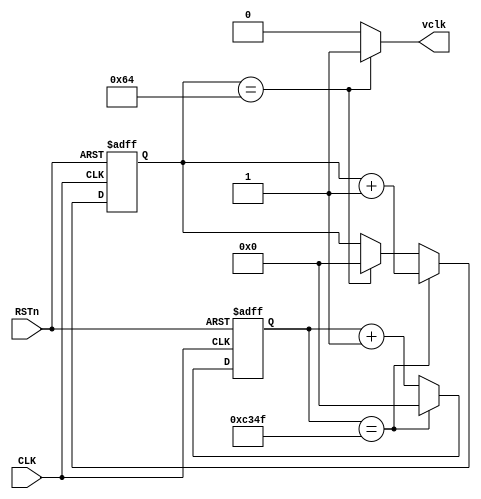

/**********************DAMMSTANGER COPYRIGHT @2016************************/	
//delayNms_cyc_module
//	 Nms
//	 dammstanger
//	 201608010
/*************************************************************************/	
module delayNms_cyc_module 
(
    CLK, RSTn, vclk
);

   input CLK;
	 input RSTn;
	 output vclk;
	 
	 /****************************************/
	 parameter N_MS = 16'd100;						//
	 parameter T1MSval = 16'd49999;		//DB4CE1550MHz50M*0.001-1=49_999
	 
	 /***************************************/
	 reg [15:0]Count;

	 always @ ( posedge CLK or negedge RSTn )
	     if( !RSTn )
		      Count <= 16'd0;
		  else if( Count == T1MSval )
		      Count <= 16'd0;
		  else
		      Count <= Count + 1'b1;
	
    /****************************************/	
				
    reg [15:0]Countms;
	    
	 always @ ( posedge CLK or negedge RSTn )
        if( !RSTn )
		      Countms <= 1'd0;
		  else if( Count == T1MSval )
		      Countms <= Countms + 1'b1;
		  else if( Countms==N_MS)
		      Countms <= 16'd0;
	
   /********************************************/
	 
	 assign vclk = (Countms==N_MS)? 1'b1 : 1'b0;
	 
	 /********************************************/
		      

endmodule